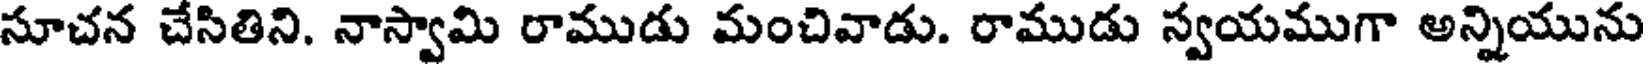
సూచన చేసితిని. నాస్వామి రాముడు మంచివాడు. రాముడు స్వయముగా అన్నియును